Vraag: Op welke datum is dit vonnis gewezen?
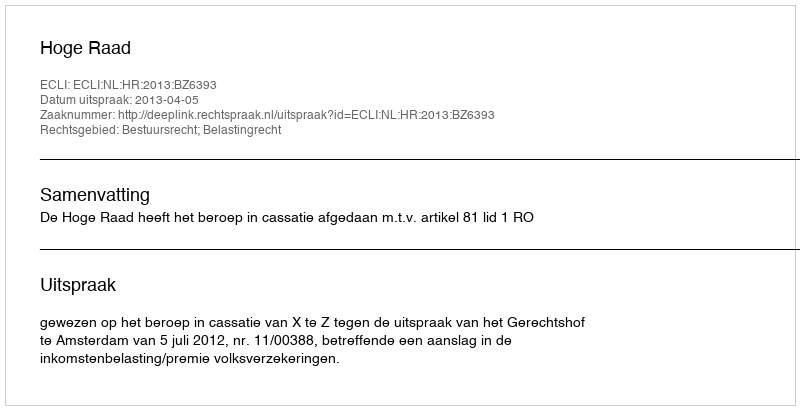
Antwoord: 2013-04-05